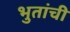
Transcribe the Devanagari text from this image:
भुतांची